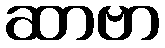
ဆာဗာ